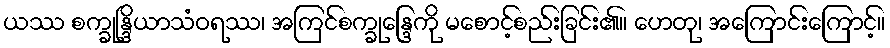
ယဿ စက္ခုန္ဒြိယာသံဝရဿ၊ အကြင်စက္ခုန္ဒြေကို မစောင့်စည်းခြင်း၏။ ဟေတု၊ အကြောင်းကြောင့်။